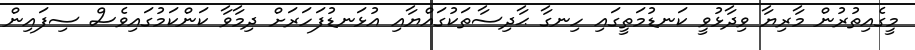
މީގެއިތުރުން މާރިޔާ ވިދާޅުވީ ކަނޑުމަތީގައި ހިނގާ ޙާދިސާތަކުގައްޔާއި އުޅަނޑުފަހަރަށް ދިމާވާ ކަންކަމުގައިވެސް ސިފައިން